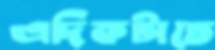
এদিকটাতে